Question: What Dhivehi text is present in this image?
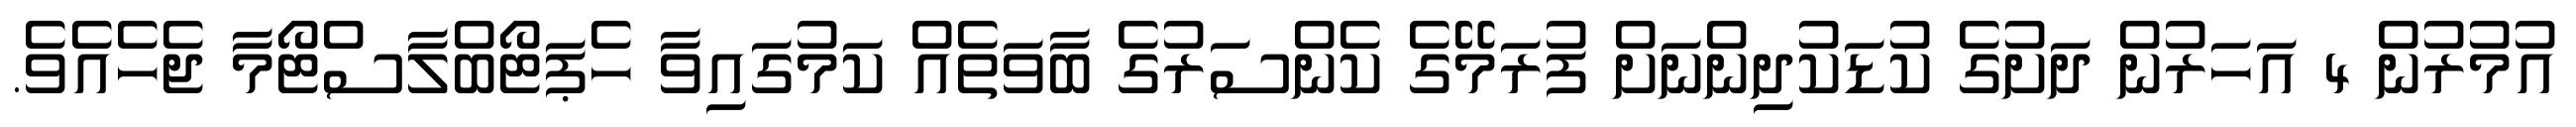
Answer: އުމުރުން 4 އަހަރުން ދަށުގެ ކުޑަކުދިންނަށް ފުރަމޭގެ ކެންސަރުގެ ބާވަތެއް ކަމުގައިވާ ހެޕަޓޯބްލާސްޓޯމާ ޖެހެއެވެ.